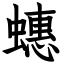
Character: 蟪